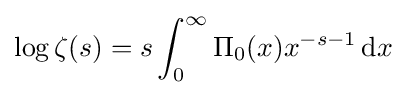
\log \zeta (s)=s\int _{0}^{\infty }\Pi _{0}(x)x^{-s-1}\,\mathrm {d} x